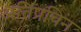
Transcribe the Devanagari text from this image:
अतिप्रचिन